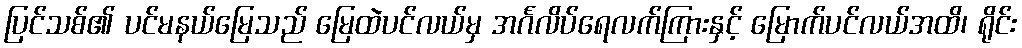
ပြင်သစ်၏ ပင်မနယ်မြေသည် မြေထဲပင်လယ်မှ အင်္ဂလိပ်ရေလက်ကြားနှင့် မြောက်ပင်လယ်အထိ၊ ရိုင်း